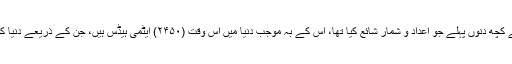
برطانیہ کے ”ٹائمز“ اخبار نے کچھ دنوں پہلے جو اعداد و شمار شائع کیا تھا، اس کے بہ موجب دنیا میں اِس وقت (۲۴۵۰) ایٹمی ہیڈس ہیں، جن کے ذریعے دنیا کو کئی بار تباہ کیا جاسکتا ہے۔